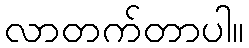
လာတက်တာပါ။